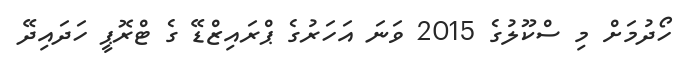
ހޯދުމަށް މި ސްކޫލުގެ 2015 ވަނަ އަހަރުގެ ޕްރައިޒްޑޭ ގެ ޓްރޮޕީ ހަދައިދޭ